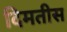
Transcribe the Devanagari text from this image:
दिमतीस